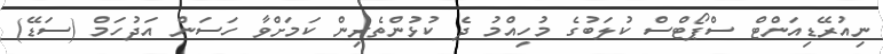
ނިއުރޭޑިއަންޓް ސްޕޯޓްސް ކުލަބުގެ މުހިއްމު ދެ ކުޅުންތެރިން ކަމަށްވާ ހަސަން އަދުހަމް (ސަޑޭ)